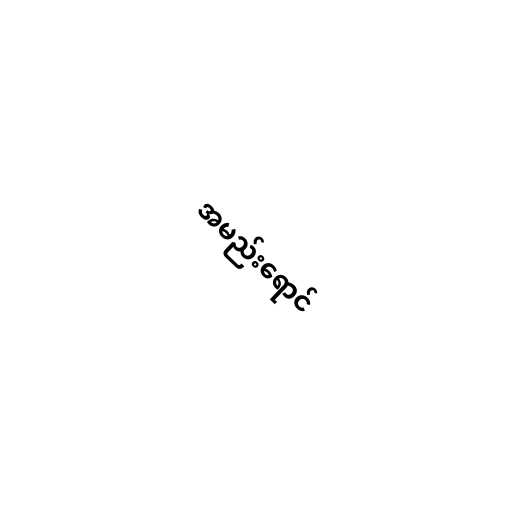
အမည်းရောင်